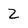
Character: 2